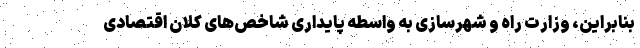
بنابراین، وزارت راه و شهرسازی به واسطه پایداری شاخص‌های کلان اقتصادی